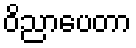
ဝိညာပေတာ